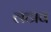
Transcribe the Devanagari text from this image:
लटाव